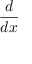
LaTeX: \frac { d } { d x }